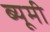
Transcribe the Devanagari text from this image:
ब्यूमी